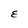
Character: E